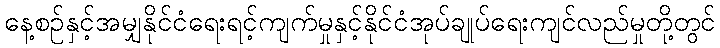
နေ့စဉ်နှင့်အမျှနိုင်ငံရေးရင့်ကျက်မှုနှင့်နိုင်ငံအုပ်ချုပ်ရေးကျင်လည်မှုတို့တွင်